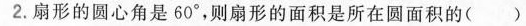
2.扇形的圆心角是60°，则扇形的面积是所在圆面积的( )